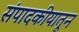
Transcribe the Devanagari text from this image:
संपादकीयातून